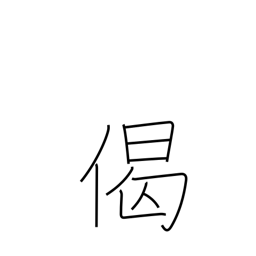
Meaning: verse in praise of Buddha